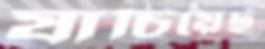
যাচিয়েছ